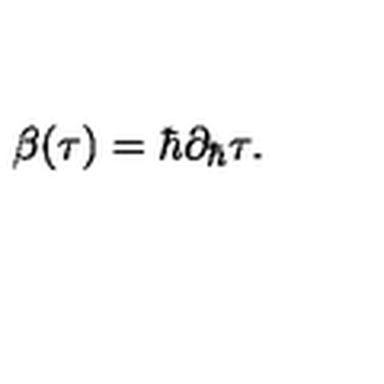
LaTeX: \beta ( \tau ) = \hbar \partial _ { \hbar } \tau .